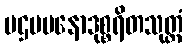
ပဌမမနောဒုစ္စရိတသုတ္တံ